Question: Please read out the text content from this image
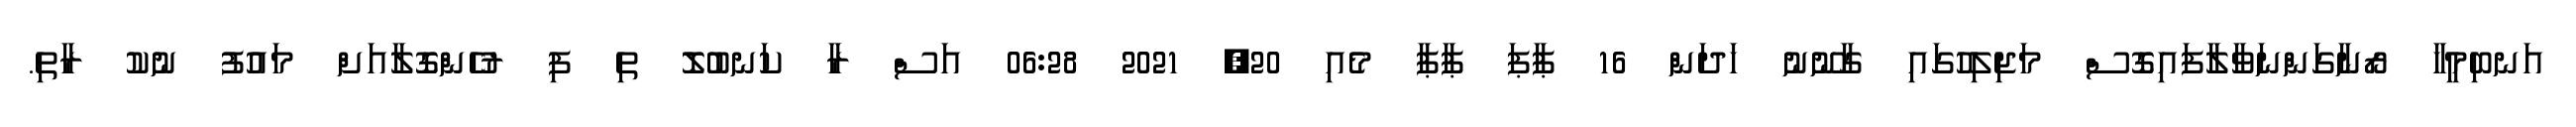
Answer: އަނބިމީހާ ރޯނާގަންނަވާލާފައިގޮސް މަޖިލިހުގައި ގާނޫނު ހަދަން 16 ޕާޕަ ޕާޕާ މެއި 20, 2021 06:28 އަސް ރާ ކަނބުލޮ ތި ފި ރުހެންގޮލާއަށް މައުފު ނުކު ރާތި.